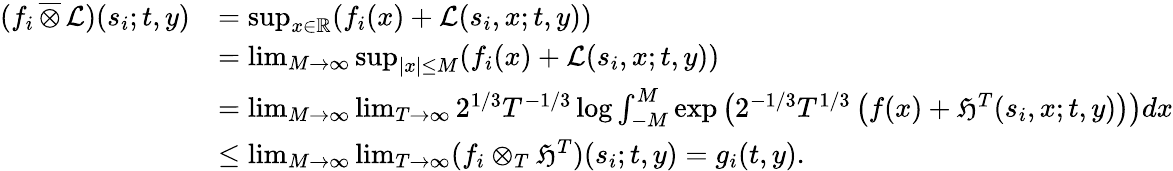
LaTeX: \begin{array}{rl}{(f_{i}\, \overline{{\otimes}}\, \mathcal{L})(s_{i};t,y)}&{=\operatorname*{sup}_{x\in\mathbb{R}}(f_{i}(x)+\mathcal{L}(s_{i},x;t,y))}\\ &{=\operatorname*{lim}_{M\to\infty}\operatorname*{sup}_{|x|\leq M}(f_{i}(x)+\mathcal{L}(s_{i},x;t,y))}\\ &{=\operatorname*{lim}_{M\to\infty}\operatorname*{lim}_{T\to\infty}2^{1/3}T^{-1/3}\log\int_{-M}^{M}\exp\left(2^{-1/3}T^{1/3}\left(f(x)+\mathfrak{H}^{T}(s_{i},x;t,y)\right)\right)dx}\\ &{\leq\operatorname*{lim}_{M\to\infty}\operatorname*{lim}_{T\to\infty}(f_{i}\otimes_{T}\mathfrak{H}^{T})(s_{i};t,y)=g_{i}(t,y).}\end{array}